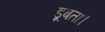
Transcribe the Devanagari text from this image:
डूबता।